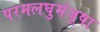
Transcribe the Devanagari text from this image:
परमलघुमंजूषा